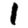
Digit: 1